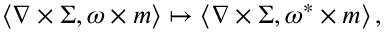
\left\langle \nabla \times \Sigma , \omega \times m \right\rangle \mapsto \left\langle \nabla \times \Sigma , \omega ^ { * } \times m \right\rangle ,